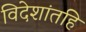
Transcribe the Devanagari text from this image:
विदेशांतहि